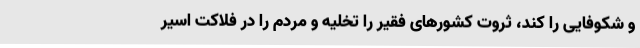
و شکوفایی را کُند، ثروت کشورهای فقیر را تخلیه و مردم را در فلاکت اسیر